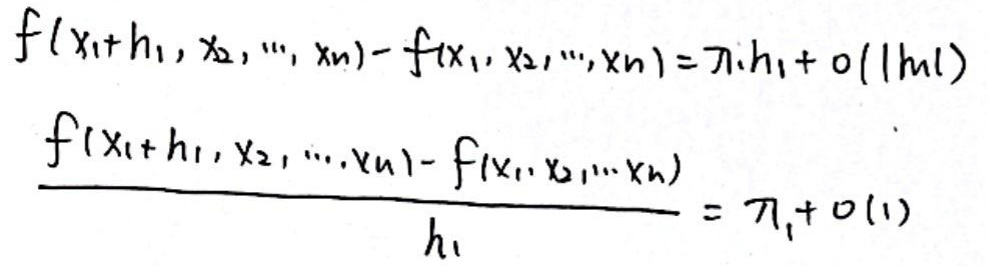
\(f(x_1 + h_1, x_2, \cdots, x_n) - f(x_1, x_2, \cdots, x_n) = \eta_1 h_1 + o(|h|)\)\\
\(\frac{f(x_1 + h_1, x_2, \cdots, x_n) - f(x_1, x_2, \cdots, x_n)}{h_1} = \eta_1 + o(1)\)